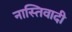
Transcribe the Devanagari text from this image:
नास्तिवादी